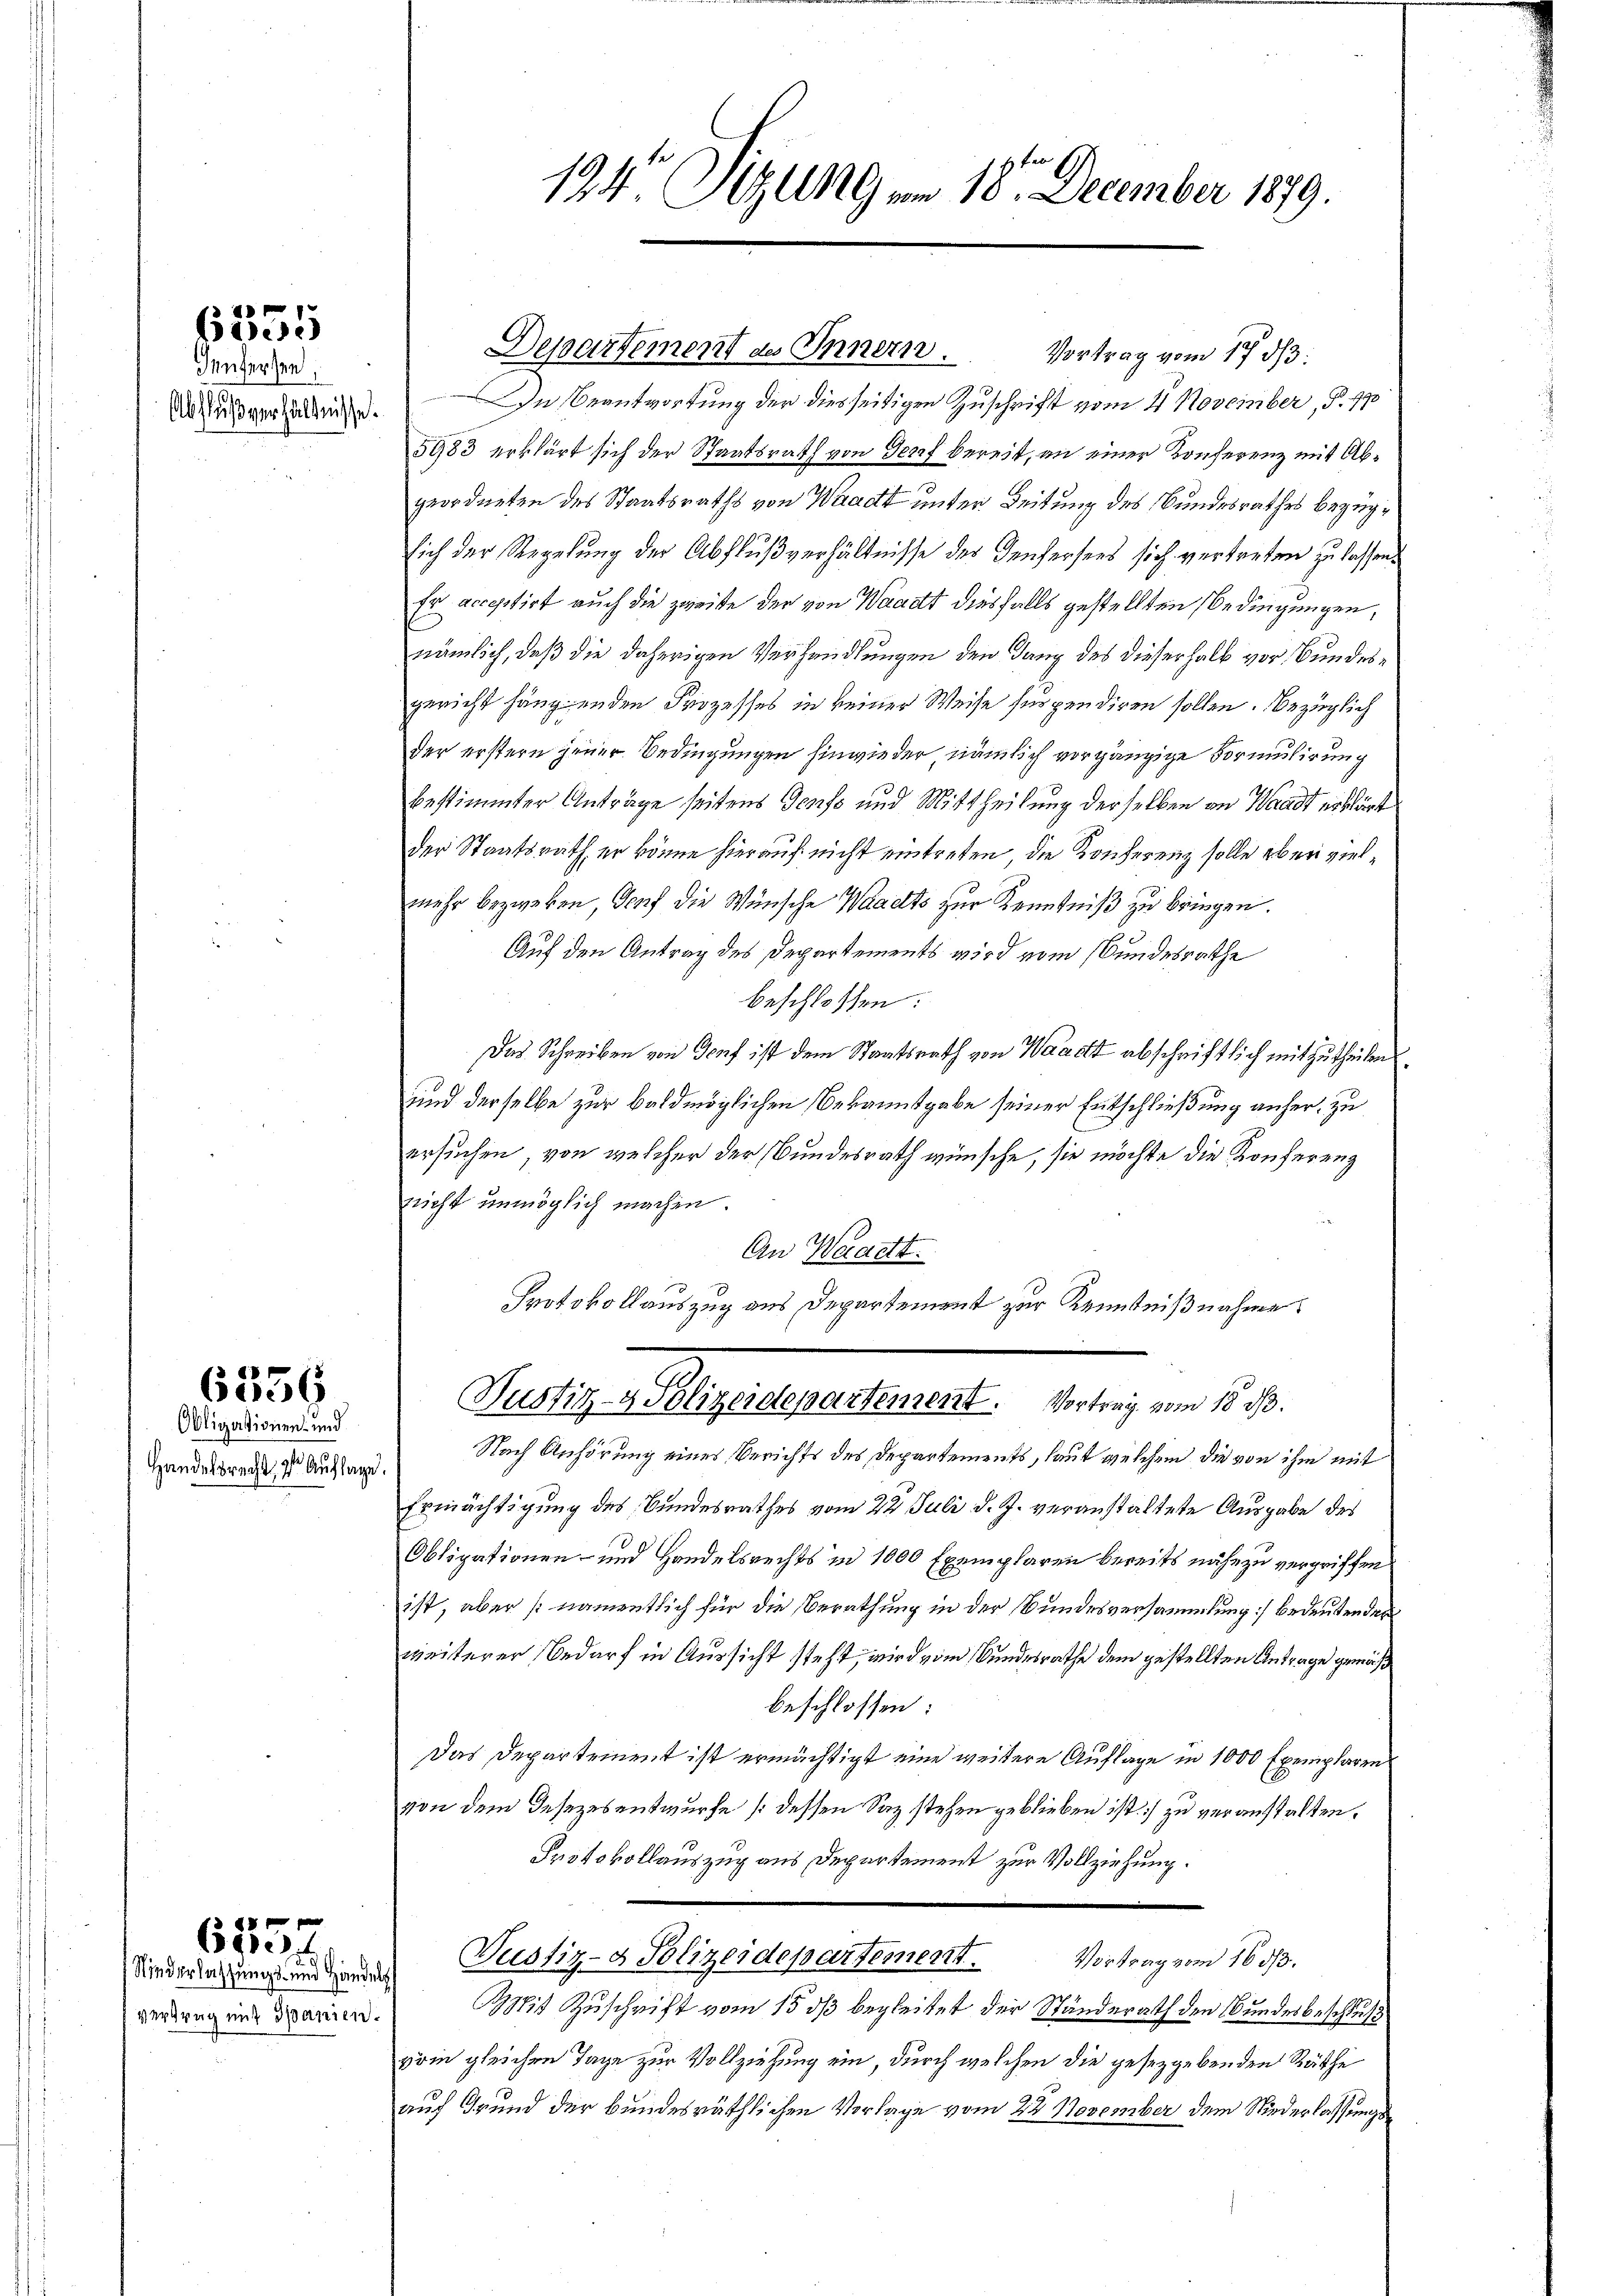
6555

Ienfersen

6359

Obligationen- und
Handelsrecht, der Auflage

Niederlassungs- und Handelsh
Verbrug mit Spanien.

8
633 f

Departement des Innern.
Vortrag vom 17. d.
Ausverhanden. — In Beantwortung der diesseitigen Zuschrift vom 4. November, S. 170
5983 erklärt sich der Staatsrath von Dorf bereit, an einer Konferenz mit Abgeordneten des Staatsraths von Waadt unter Zeitung des Bundesrathes bezügsich der Regelung der Abflußverhältnisse des Teufersees sich vertreten zu lassen.
Er acceptirt auch die zweite der von Waadt diesfalls gestellten Bedingungen,
nämlich, daß die daherigen Verhandlungen den Dang des dieserhalb vor Bundesgericht hängenden Prozesses in keiner Weise für pendiren sollen. Bezüglich
der erstern jener Bedingungen hinwieder, nämlich vorgängige Vormulirung
bestimmter Anträge seitens Genso und Mittheilung derselben an Waadt erklärt
der Staatsrath, er könne hierauf nicht eintreten, die Konferenz solle aber vielmehr bezweken, Genf die Wünsche Waadts zur Kenntniß zu bringen.
Auf den Antrag des Departements wird vom Bundesrathe
beschlossen:
Das Schreiben von Genf ist dem Staatsrath von Waadt abschriftlich mitzutheilen.
und derselbe zur baldmöglichen Bekanntgabe seiner Entschließung anher, zu
ersuchen, von welcher der Bundesrath wünsche, sie möchte die Konferenz
nicht unmöglich machen.
An Waadt.
Protokollauszug aus Departement zur Kenntnißnahme
Justiz- & Polizeidepartement. Vortrag vom 18. d.
Nach Anhörung eines Berichts des Departements, laut welchem die von ihm mit
Ermächtigung des Bundesrathes vom 22. Juli d. J. veranstaltete Ausgabe des
Obligationen- und Handelsrechts in 1000 Exemplaren bereits nähe zu vergriffen.
ist, aber (namentlich für die Berathung in der Bundesversammlung] bedeutenden
weiterer Bedarf in Aussicht steht, wird vom Bundesrathe dem gestellten Antrage gemäß
beschlossen:
Das Departement ist ermächtigt eine weitere Auflage in 1000 Exemplarens
von dem Gesezesentwurfe (dessen Saz stehen geblieben ist) zu veranstalten.
Protokollauszug aus Departement zur Vollziehung.
Justiz- & Polizeidepartement.
Vortrag vom 1683.
Mit Zuschrift vom 15. ds begleitet der Ständerath den Bundesbeschluß
zrin gleichen Tage zur Vollziehung ein, durch welchen die gesetzgebenden Räthe
auf Grund der bundesräthlichen Vorlage vom 22. November dem Niederlassungs¬

194 Sitzung vom 18. December 1879.